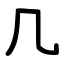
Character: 几